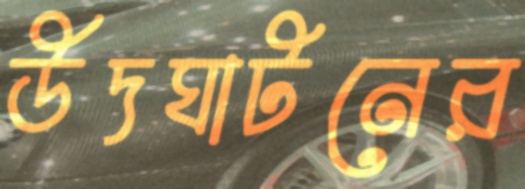
উদঘাটনের